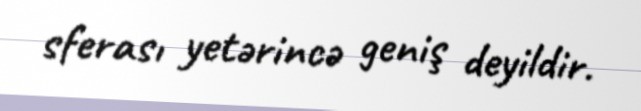
sferası yetərincə geniş deyildir.